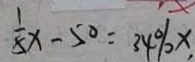
\frac { 1 } { 5 } x - 5 0 = 3 4 \% x